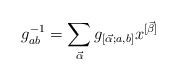
\begin{align*}g^{-1}_{ab} = \sum_{\vec{\alpha}} g_{[\vec{\alpha};a,b]} x^{[\vec{\beta}]}\end{align*}